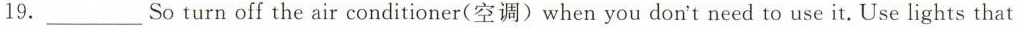
19.___So turn off the air conditioner(空调)when you don't need to use it. Use lights that